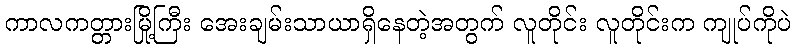
ကာလကတ္တားမြို့ကြီး အေးချမ်းသာယာရှိနေတဲ့အတွက် လူတိုင်း လူတိုင်းက ကျုပ်ကိုပဲ